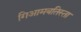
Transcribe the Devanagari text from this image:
गिआमबतिस्ता